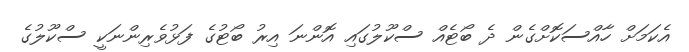
އެކަމަށް ހާއްސަކޮށްގެން ދެ ބޯޓެއް ސްކޫލުގައި އޮންނަ އިރު ބޯޓުގެ ފަޅުވެރިންނަކީ ސްކޫލުގެ